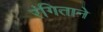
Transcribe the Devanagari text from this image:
रंगिताने